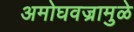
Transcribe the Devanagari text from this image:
अमोघवज्रामुळे